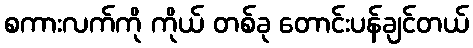
စကားလက်ကို ကိုယ် တစ်ခု တောင်းပန်ချင်တယ်